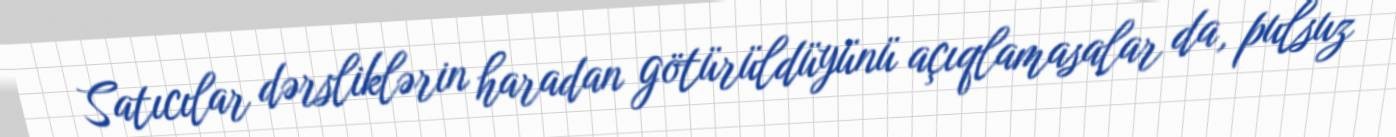
Satıcılar dərsliklərin haradan götürüldüyünü açıqlamasalar da, pulsuz